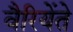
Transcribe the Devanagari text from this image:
वैरियेंते